Indian journal of veterinary science and animal husbandry - Volumes 26-27, 1956-1957
Year: 1956
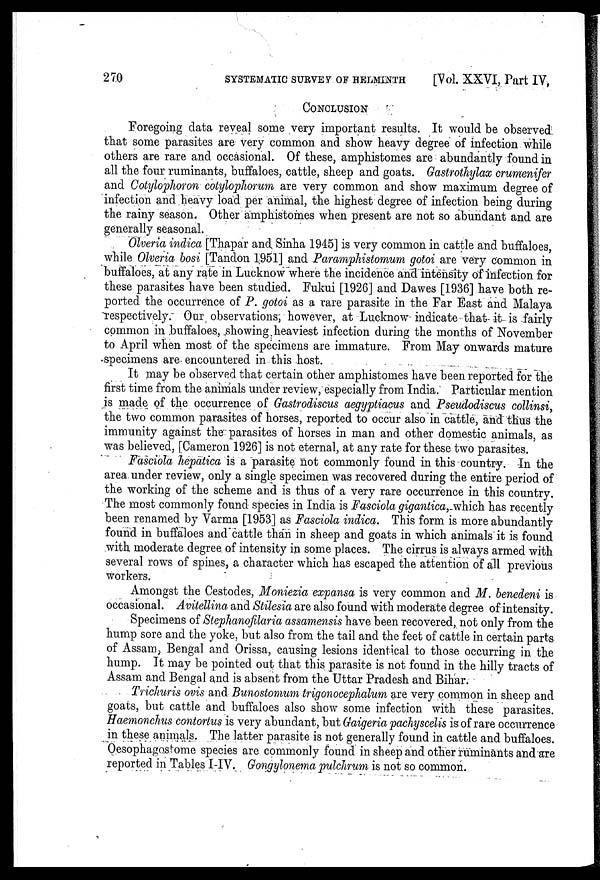
270
SYSTEMATIC
SURVEY
OF
HELMINTH
[Vol. XXVI, Part IV,
CONCLUSION
Foregoing data reveal some very important results. It would be observed
that some parasites are very common and show heavy degree of infection while
others are rare and occasional. Of these, amphistomes are abundantly found in
all the four ruminants, buffaloes, cattle, sheep and goats. Gastrothylax crumenifer
and Cotylophoron cotylophorum are very common and show maximum degree of
infection and heavy load per animal, the highest degree of infection being during
the rainy season. Other amphistomes when present are not so abundant and are
generally seasonal.
Olveria indica [Thapar and Sinha 1945] is very common in cattle and buffaloes,
while Olveria bosi [Tandon 1951] and Paramphistomum gotoi are very common in
buffaloes, at any rate in Lucknow where the incidence and intensity of infection for
these parasites have been studied. Fukui [1926] and Dawes [1936] have both re-
ported the occurrence of P. gotoi as a rare parasite in the Far East and Malaya
respectively. Our observations, however, at Lucknow indicate that it is fairly
common in buffaloes, showing heaviest infection during the months of November
to April when most of the specimens are immature. From May onwards mature
specimens are encountered in this host.
It may be observed that certain other amphistomes have been reported for the
first time from the animals under review, especially from India. Particular mention
is made of the occurrence of Gastrodiscus aegyptiacus and Pseudodiscus collinsi,
the two common parasites of horses, reported to occur also in cattle, and thus the
immunity against the parasites of horses in man and other domestic animals, as
was believed, [Cameron 1926] is not eternal, at any rate for these two parasites.
Fasciola hepatica is a parasite not commonly found in this country. In the
area under review, only a single specimen was recovered during the entire period of
the working of the scheme and is thus of a very rare occurrence in this country.
The most commonly found species in India is Fasciola gigantica, which has recently
been renamed by Varma [1953] as Fasciola indica. This form is more abundantly
found in buffaloes and cattle than in sheep and goats in which animals it is found
with moderate degree of intensity in some places. The cirrus is always armed with
several rows of spines, a character which has escaped the attention of all previous
workers.
Amongst the Cestodes, Moniezia expansa is very common and M. benedeni is
occasional. Avitellina and Stilesia are also found with moderate degree of intensity.
Specimens of Stephanofilaria assamensis have been recovered, not only from the
hump sore and the yoke, but also from the tail and the feet of cattle in certain parts
of Assam, Bengal and Orissa, causing lesions identical to those occurring in the
hump. It may be pointed out that this parasite is not found in the hilly tracts of
Assam and Bengal and is absent from the Uttar Pradesh and Bihar.
Trichuris ovis and Bunostomum trigonocephalum are very common in sheep and
goats, but cattle and buffaloes also show some infection with these parasites.
Haemonchus contortus is very abundant, but Gaigeria pachyscelis is of rare occurrence
in these animals. The latter parasite is not generally found in cattle and buffaloes.
Oesophagostome species are commonly found in sheep and other ruminants and are
reported in Tables I-IV. Gongylonema pulchrum is not so common.